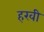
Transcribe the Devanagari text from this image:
हरवी